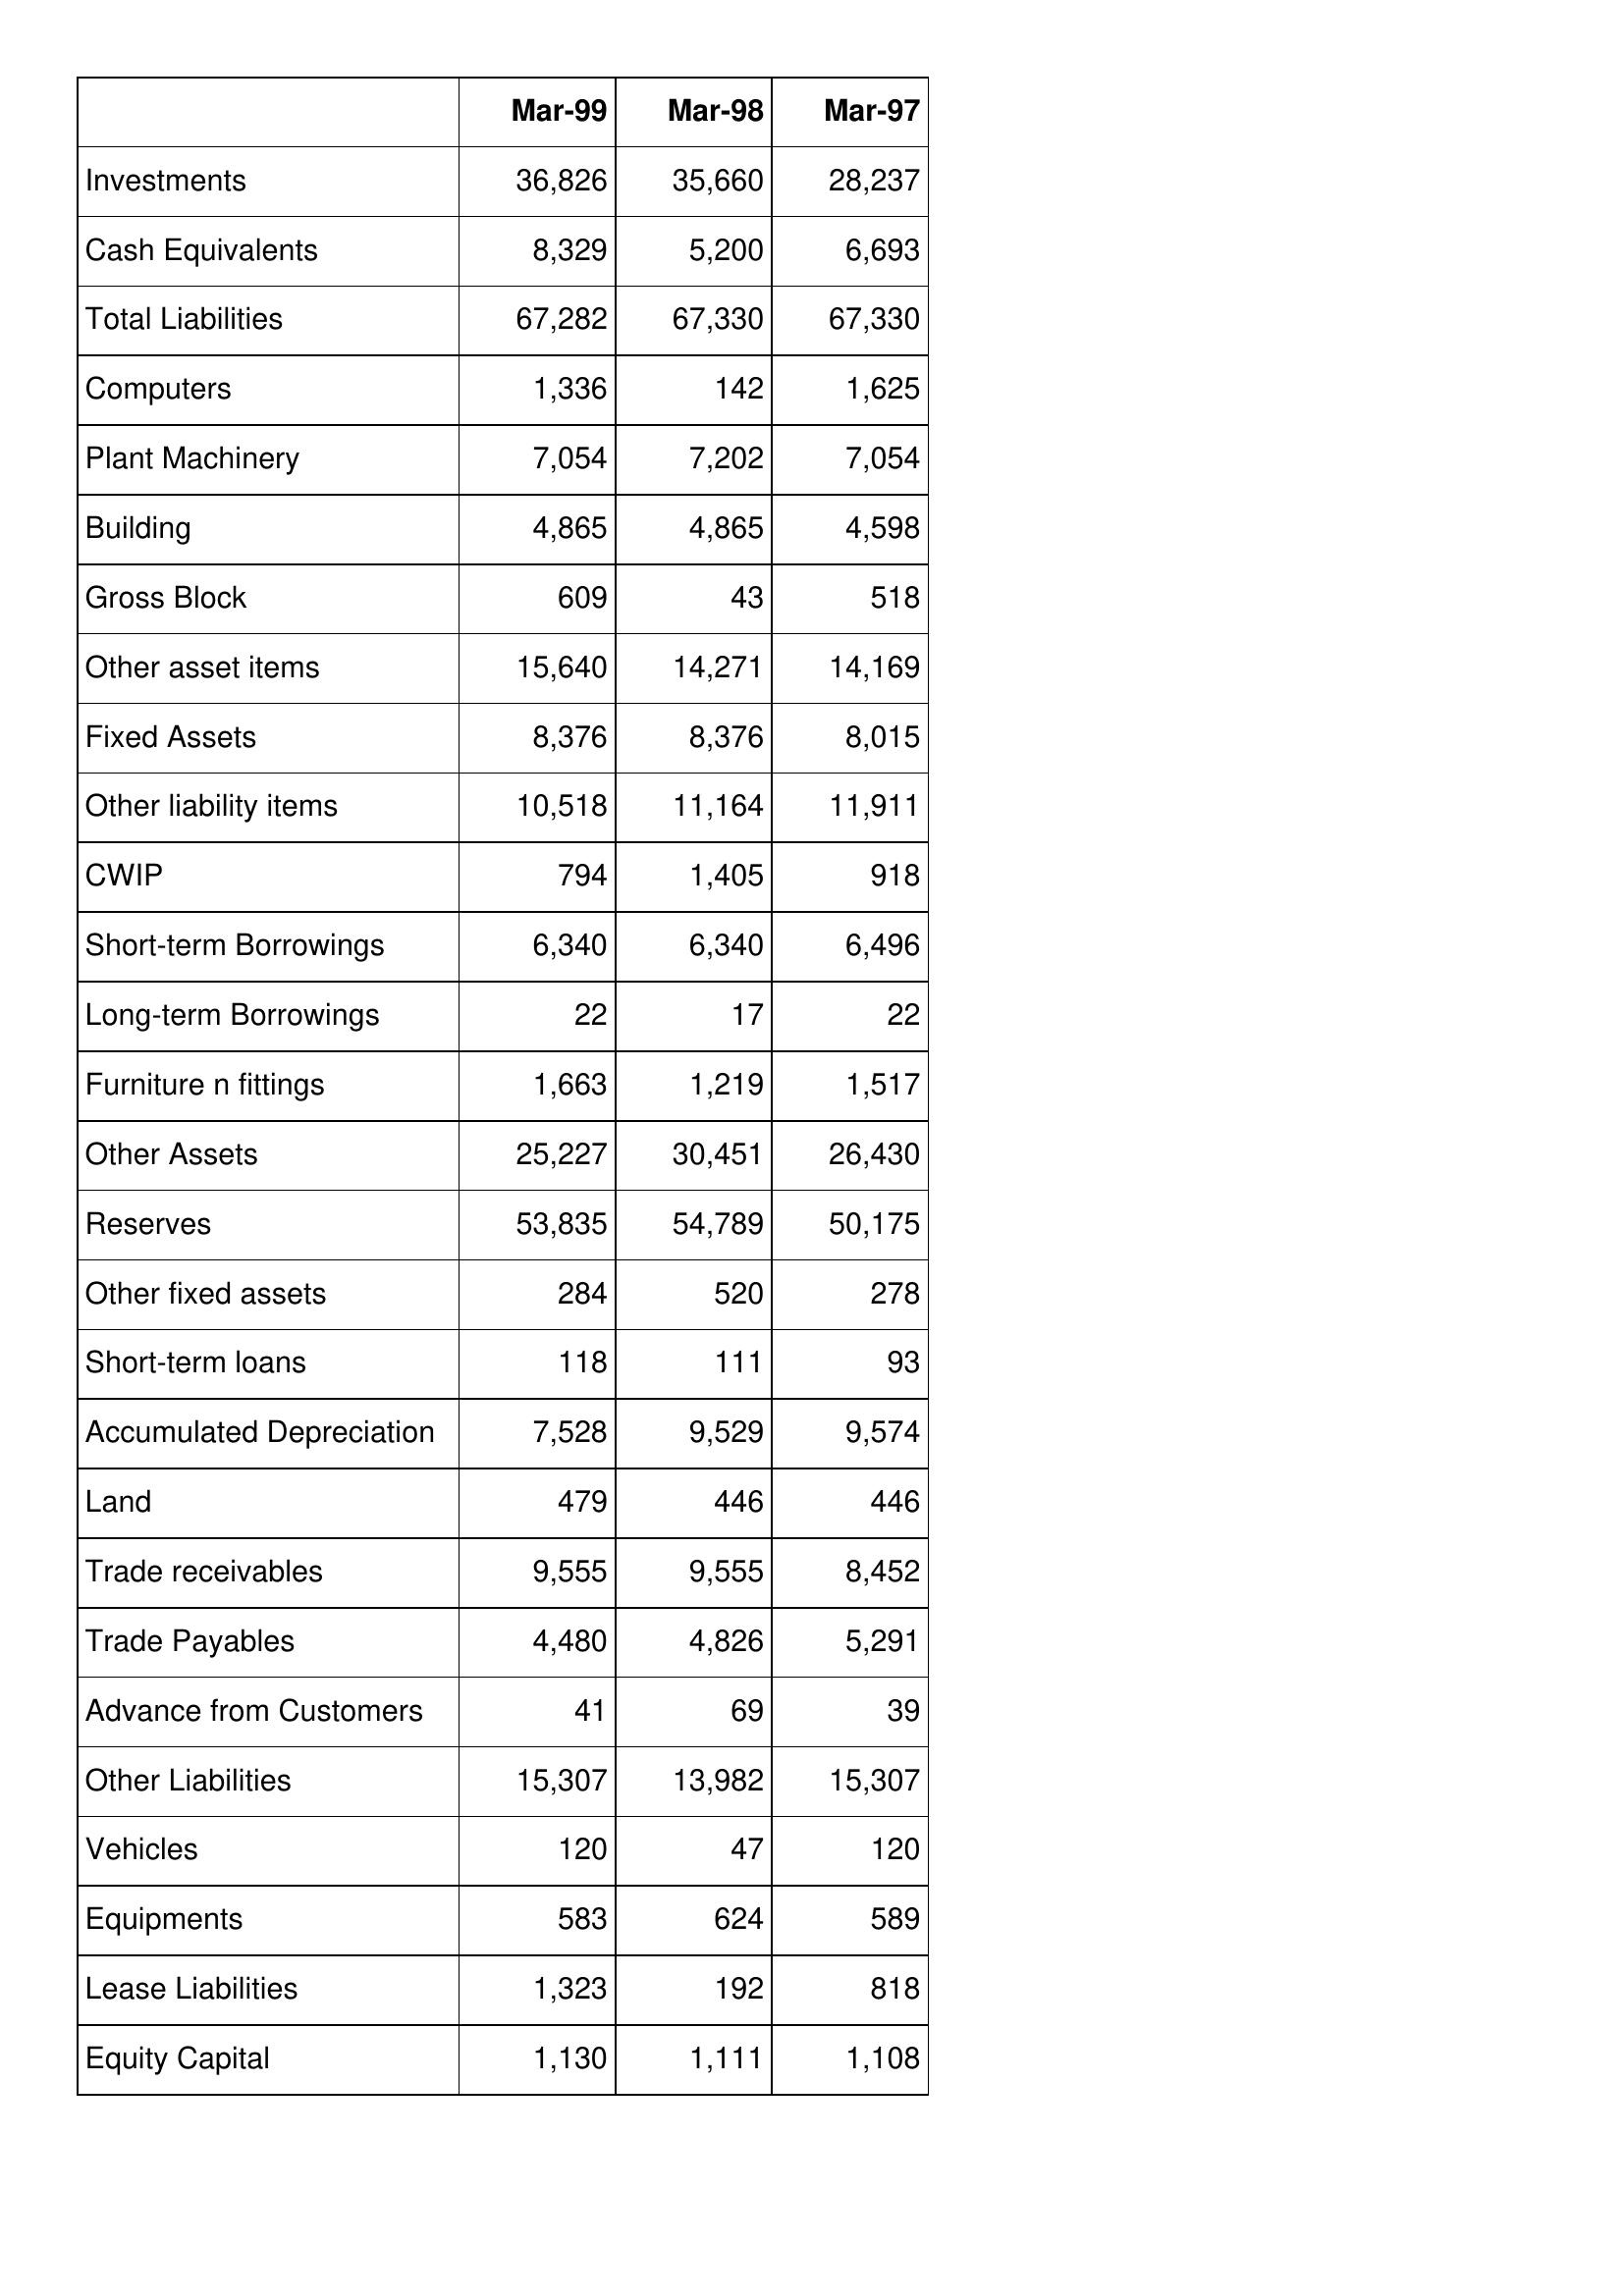
Mar-99: Balance Sheet: Investments: 36,826
Cash Equivalents: 8,329
Total Liabilities: 67,282
Computers: 1,336
Plant Machinery: 7,054
Building: 4,865
Gross Block: 609
Other asset items: 15,640
Fixed Assets: 8,376
Other liability items: 10,518
CWIP: 794
Short-term Borrowings: 6,340
Long-term Borrowings: 22
Furniture n fittings: 1,663
Other Assets: 25,227
Reserves: 53,835
Other fixed assets: 284
Short-term loans: 118
Accumulated Depreciation: 7,528
Land: 479
Trade receivables: 9,555
Trade Payables: 4,480
Advance from Customers: 41
Other Liabilities: 15,307
Vehicles: 120
Equipments: 583
Lease Liabilities: 1,323
Equity Capital: 1,130
Mar-98: Balance Sheet: Investments: 35,660
Cash Equivalents: 5,200
Total Liabilities: 67,330
Computers: 142
Plant Machinery: 7,202
Building: 4,865
Gross Block: 43
Other asset items: 14,271
Fixed Assets: 8,376
Other liability items: 11,164
CWIP: 1,405
Short-term Borrowings: 6,340
Long-term Borrowings: 17
Furniture n fittings: 1,219
Other Assets: 30,451
Reserves: 54,789
Other fixed assets: 520
Short-term loans: 111
Accumulated Depreciation: 9,529
Land: 446
Trade receivables: 9,555
Trade Payables: 4,826
Advance from Customers: 69
Other Liabilities: 13,982
Vehicles: 47
Equipments: 624
Lease Liabilities: 192
Equity Capital: 1,111
Mar-97: Balance Sheet: Investments: 28,237
Cash Equivalents: 6,693
Total Liabilities: 67,330
Computers: 1,625
Plant Machinery: 7,054
Building: 4,598
Gross Block: 518
Other asset items: 14,169
Fixed Assets: 8,015
Other liability items: 11,911
CWIP: 918
Short-term Borrowings: 6,496
Long-term Borrowings: 22
Furniture n fittings: 1,517
Other Assets: 26,430
Reserves: 50,175
Other fixed assets: 278
Short-term loans: 93
Accumulated Depreciation: 9,574
Land: 446
Trade receivables: 8,452
Trade Payables: 5,291
Advance from Customers: 39
Other Liabilities: 15,307
Vehicles: 120
Equipments: 589
Lease Liabilities: 818
Equity Capital: 1,108